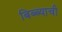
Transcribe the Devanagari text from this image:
बिब्ब्याची